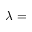
\lambda =